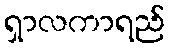
ရှာလကာရည်